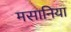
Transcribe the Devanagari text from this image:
मसानिया